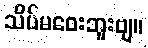
သိပ်မဝေးဘူးဗျ။